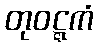
တုဝဋ္ဋကံ